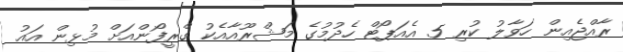
ރާއްޖެއިން ހަވާލު ކުރި 5 އެއަޕޯޓް ހެދުމުގެ މަޝްރޫއާއެކު ގްރީފޯންއަށް މުޅިން އައު